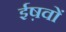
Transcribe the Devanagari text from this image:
ईष़वों